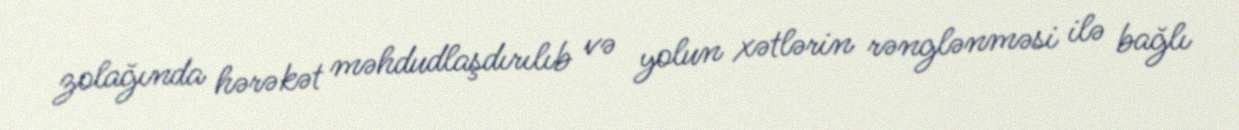
zolağında hərəkət məhdudlaşdırılıb və yolun xətlərin rənglənməsi ilə bağlı